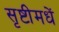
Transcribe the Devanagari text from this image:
सृष्टीमधें